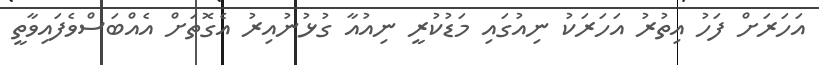
އަހަރަށް ފަހު އިތުރު އަހަރަކު ނިއުގައި މަޑުކުރީ ނިއުއާ ގުޅުނުއިރު އެގޮތަށް އެއްބަސްވެފައިވާތީ